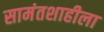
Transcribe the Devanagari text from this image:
सामंतशाहीला